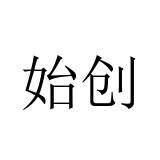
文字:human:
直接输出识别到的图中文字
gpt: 始创